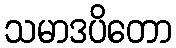
သမာဒပိတော